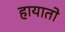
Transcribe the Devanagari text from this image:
हायातो